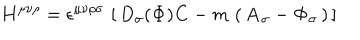
LaTeX: { \bf H } ^ { \mu \nu \rho } = \epsilon ^ { \mu \nu \rho \sigma } \, \left[ \, D _ { \sigma } ( { \bf \Phi } ) { \bf C } - m \, \left( \, { \bf A } _ { \sigma } - { \bf \Phi } _ { \sigma } \, \right) \, \right]